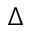
\Delta